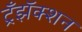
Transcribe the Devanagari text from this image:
ट्रँझॅक्शन